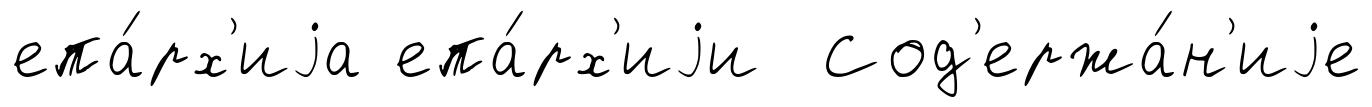
епа́рх'иjа епа́рх'иjи Сод'ержа́н'иjе